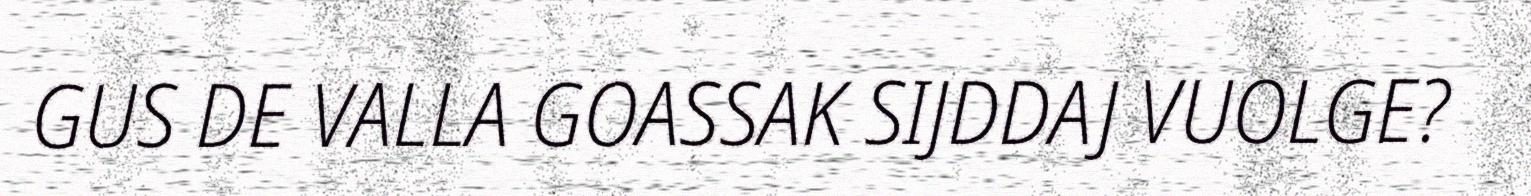
GUS DE VALLA GOASSAK SIJDDAJ VUOLGE?